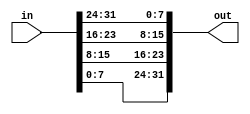
module top_module( 
    input [31:0] in,
    output [31:0] out );//

    // assign out[31:24] = ...;
wire [7:0]a1=in[31:24];
wire [7:0]a2=in[23:16];
wire [7:0]a3=in[15:8];
wire [7:0]a4=in[7:0];

assign out[31:24] = a4;
assign out[23:16] = a3;
assign out[15:8] = a2;
assign out[7:0] = a1;



endmodule